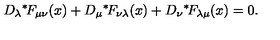
D _ { \lambda } \mathrm { \mathrm { } ^ * \! } F _ { \mu \nu } ( x ) + D _ { \mu } \mathrm { \mathrm { } ^ * \! } F _ { \nu \lambda } ( x ) + D _ { \nu } \mathrm { \mathrm { } ^ * \! } F _ { \lambda \mu } ( x ) = 0 .